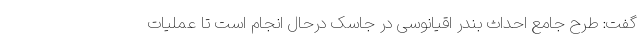
گفت: طرح جامع احداث بندر اقیانوسی در جاسک درحال انجام است تا عملیات